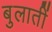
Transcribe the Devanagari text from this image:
बुलातीं